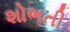
શોભતી